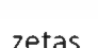
zetas